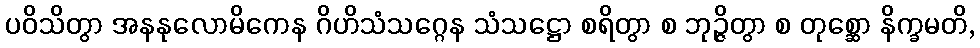
ပဝိသိတွာ အနနုလောမိကေန ဂိဟိသံသဂ္ဂေန သံသဋ္ဌော စရိတွာ စ ဘုဉ္ဇိတွာ စ တုစ္ဆော နိက္ခမတိ,